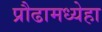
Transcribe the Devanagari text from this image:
प्रौढामध्येहा